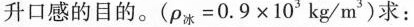
升口感的目的。($$ρ _ { 冰 } = 0 . 9 \times 1 0 ^ { 3 } k g / m ^ { 3 })求：